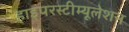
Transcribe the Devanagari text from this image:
हाइपरस्टीम्यूलेशन